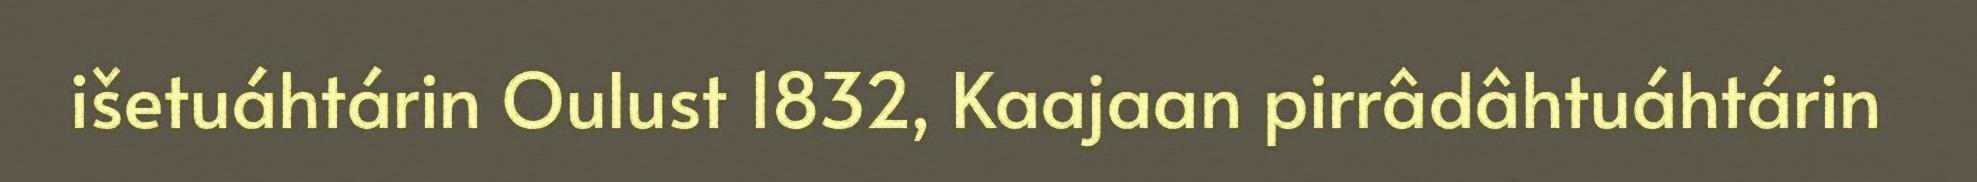
išetuáhtárin Oulust 1832, Kaajaan pirrâdâhtuáhtárin